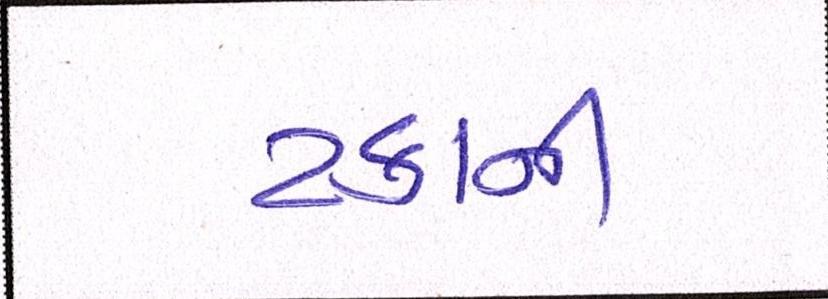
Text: ટકાની